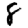
Digit: 8